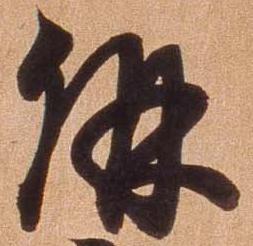
併